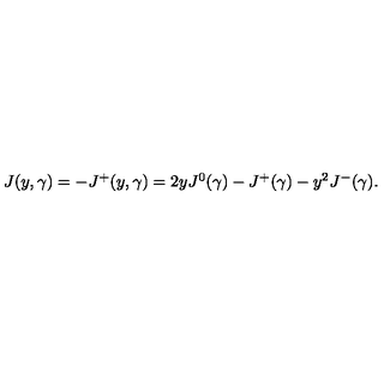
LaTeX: \begin{array} { l c r } { J ( y , \gamma ) = - J ^ { + } ( y , \gamma ) = 2 y J ^ { 0 } ( \gamma ) - J ^ { + } ( \gamma ) - y ^ { 2 } J ^ { - } ( \gamma ) . } \\ \end{array}